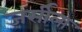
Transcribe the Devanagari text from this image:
जर्सीला